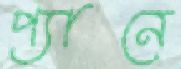
প্যানে